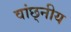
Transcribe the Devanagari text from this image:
वांछ्नीय